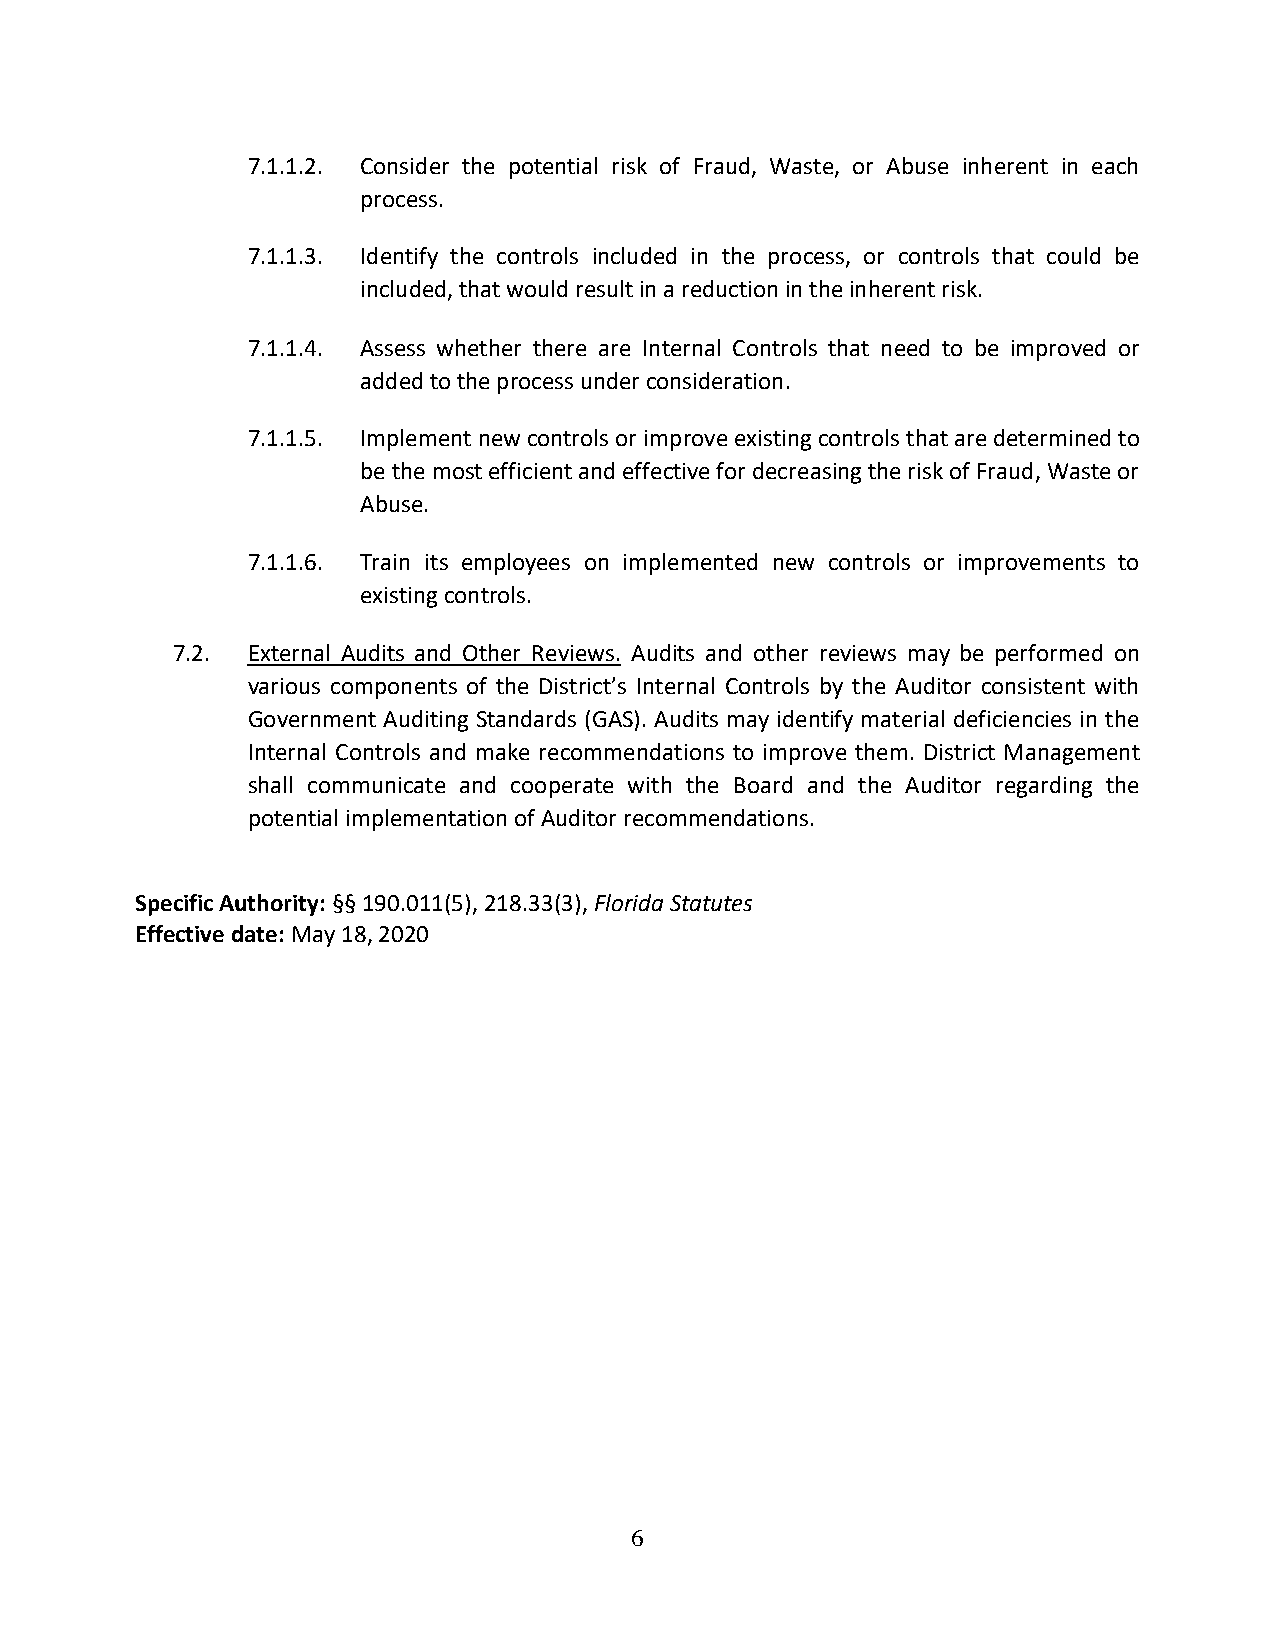
7.1.1.2. Consider the potential risk of Fraud, Waste, or Abuse inherent in each
 process.
 7.1.1.3. Identify the controls included in the process, or controls that could be
 included, that would result in a reduction in the inherent risk.
 7.1.1.4. Assess whether there are Internal Controls that need to be improved or
 added to the process under consideration.
 7.1.1.5. Implement new controls or improve existing controls that are determined to
 be the most efficient and effective for decreasing the risk of Fraud, Waste or
 Abuse.
 7.1.1.6. Train its employees on implemented new controls or improvements to
 existing controls.
 7.2. External Audits and Other Reviews. Audits and other reviews may be performed on
 various components of the District’s Internal Controls by the Auditor consistent with
 Government Auditing Standards (GAS). Audits may identify material deficiencies in the
 Internal Controls and make recommendations to improve them. District Management
 shall communicate and cooperate with the Board and the Auditor regarding the
 potential implementation of Auditor recommendations.
 Specific Authority: §§ 190.011(5), 218.33(3), Florida Statutes
 Effective date: May 18, 2020
 6